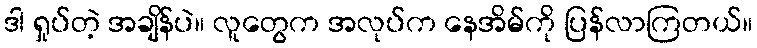
ဒါ ရှုပ်တဲ့ အချိန်ပဲ။ လူတွေက အလုပ်က နေအိမ်ကို ပြန်လာကြတယ်။